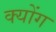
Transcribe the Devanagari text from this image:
क्योंग